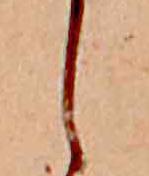
し